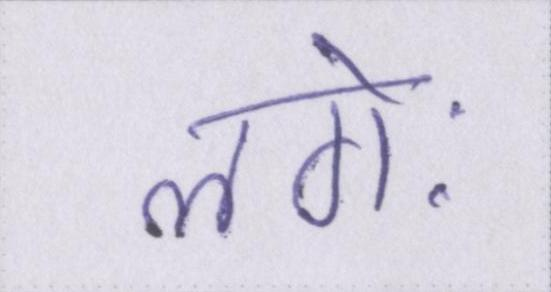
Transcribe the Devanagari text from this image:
लगेः